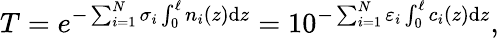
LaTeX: T=e^{-\sum_{i=1}^{N}\sigma_{i}\int_{0}^{\ell}n_{i}(z)\mathrm{d}z}=10^{-\sum_{i=1}^{N}\varepsilon_{i}\int_{0}^{\ell}c_{i}(z)\mathrm{d}z},